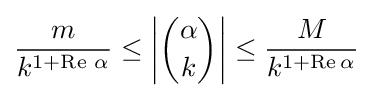
{\frac {m}{k^{1+\operatorname {Re} \,\alpha }}}\leq \left|{\alpha  \choose k}\right|\leq {\frac {M}{k^{1+\operatorname {Re} \alpha }}}